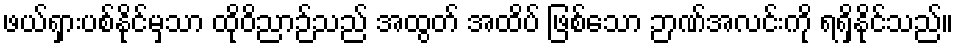
ဖယ်ရှားပစ်နိုင်မှသာ ထိုဝိညာဉ်သည် အထွတ် အထိပ် ဖြစ်သော ဉာဏ်အလင်းကို ရရှိနိုင်သည်။